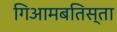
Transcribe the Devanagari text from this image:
गिआमबतिस्ता